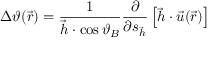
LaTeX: \Delta \vartheta ( { \vec { r } } ) = { \frac { 1 } { { \vec { h } } \cdot \cos \vartheta _ { B } } } { \frac { \partial } { \partial s _ { \vec { h } } } } \left[ { \vec { h } } \cdot { \vec { u } } ( { \vec { r } } ) \right]